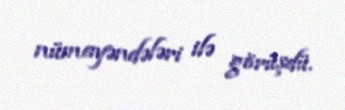
nümayəndələri ilə görüşdü.